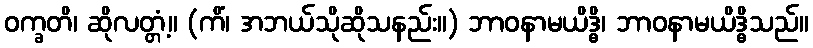
ဝက္ခတိ၊ ဆိုလတ္တံ့။ (ကိံ၊ အဘယ်သိုဆိုသနည်း။) ဘာဝနာမယိဒ္ဓိ၊ ဘာဝနာမယိဒ္ဓိသည်။